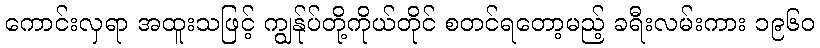
ကောင်းလှရာ အထူးသဖြင့် ကျွန်ုပ်တို့ကိုယ်တိုင် စတင်ရတော့မည့် ခရီးလမ်းကား ၁၉၆၀